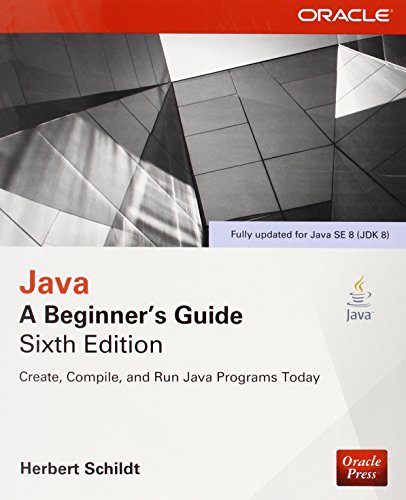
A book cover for Java: A Beginner's Guide, Sixth Edition; Herbert Schildt; Computers & Technology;